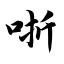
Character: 哳